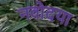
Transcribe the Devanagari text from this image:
नवोदया